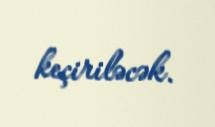
keçiriləcək.